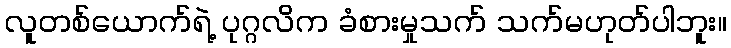
လူတစ်ယောက်ရဲ့ ပုဂ္ဂလိက ခံစားမှုသက် သက်မဟုတ်ပါဘူး။